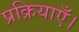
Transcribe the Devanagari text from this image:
प्रक्रियाएँ।